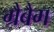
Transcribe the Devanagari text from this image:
ग्रैबैग